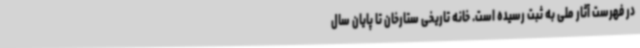
در فهرست آثار ملی به ثبت رسیده است. خانه تاریخی ستارخان تا پایان سال